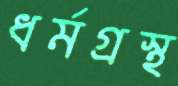
ধর্মগ্রস্থ